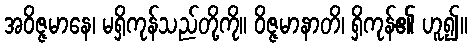
အဝိဇ္ဇမာနေ၊ မရှိကုန်သည်တို့ကို။ ဝိဇ္ဇမာနာတိ၊ ရှိကုန်၏ ဟူ၍။